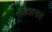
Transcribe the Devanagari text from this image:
सिंहासनाचे